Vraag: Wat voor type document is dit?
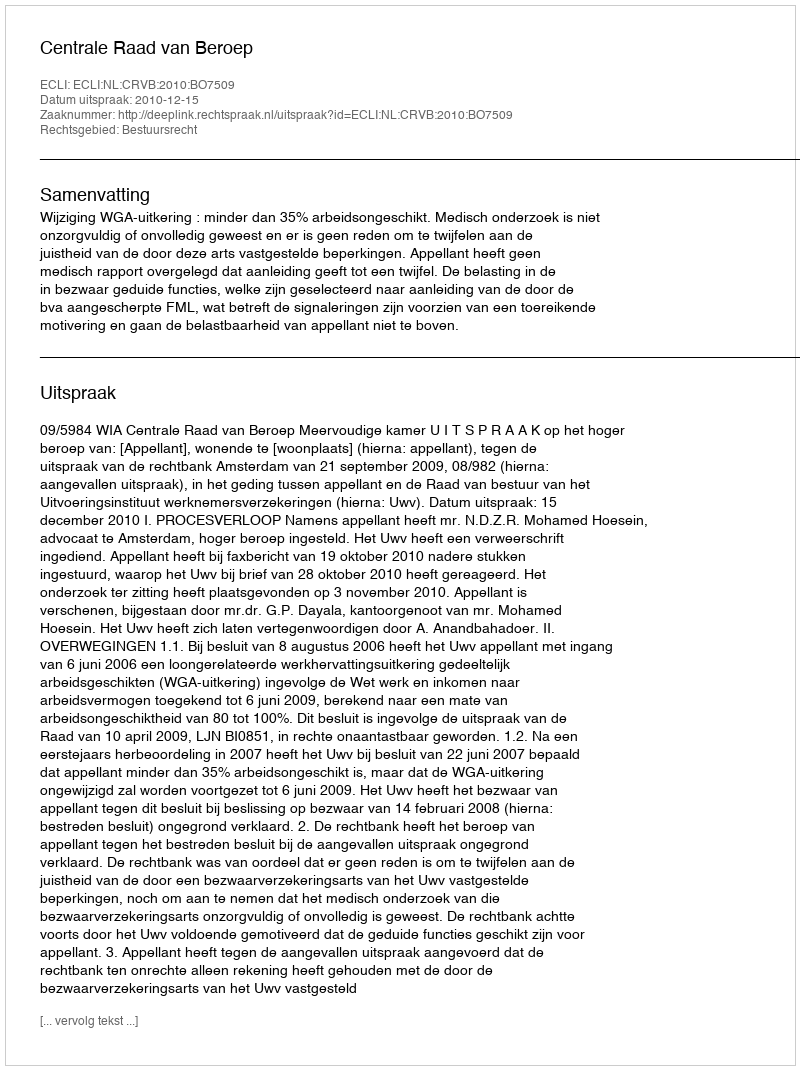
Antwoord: Uitspraak